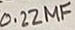
Text: 0.22µF